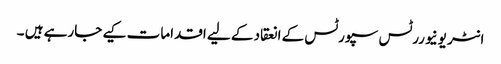
انٹر یونیوررٹس سپورٹس کے انعقاد کے لیے اقدامات کیے جارہے ہیں ۔